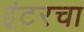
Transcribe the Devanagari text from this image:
इंटरचा